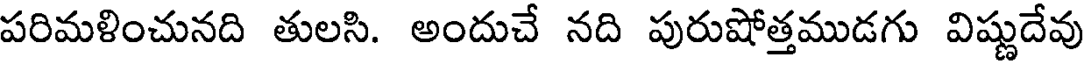
పరిమళించునది తులసి. అందుచే నది పురుషోత్తముడగు విష్ణుదేవు